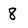
Character: 8